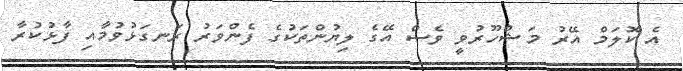
އެ ކޮލަމް އޭރު މަޝްހޫރުވީ ވެސް އޭގެ ލިޔުންތަކުގެ ފެންވަރު ރަނގަޅުވުމާއި ފާޅުކުރާ